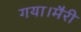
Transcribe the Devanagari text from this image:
गया।मैरी